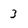
Character: 3